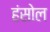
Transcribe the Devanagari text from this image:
हंसोल